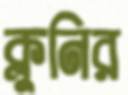
ক্লুনির